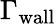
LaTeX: \Gamma_{\mathrm{wall}}